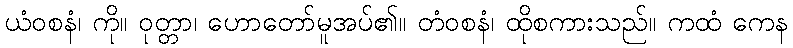
ယံဝစနံ၊ ကို။ ဝုတ္တာ၊ ဟောတော်မူအပ်၏။ တံဝစနံ၊ ထိုစကားသည်။ ကထံ ကေန